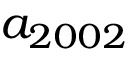
a _ { 2 0 0 2 }